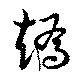
趫